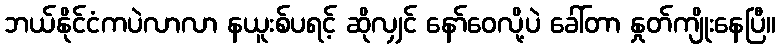
ဘယ်နိုင်ငံကပဲလာလာ နယူးစ်ပရင့် ဆိုလျှင် နော်ဝေလို့ပဲ ခေါ်တာ နှုတ်ကျိုးနေပြီ။